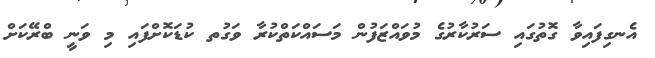
އެނގިފައިވާ ގޮތުގައި ސަރުކާރުގެ މުވައްޒަފުން މަސައްކަތްކުރާ ވަގުތ ކުޑަކޮށްފައި މި ވަނީ ބްރޭކަށް